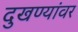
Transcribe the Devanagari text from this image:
दुखण्यांवर